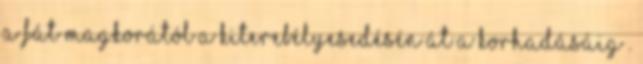
a fát magkorától a kiterebélyesedésén át a korhadásáig .